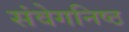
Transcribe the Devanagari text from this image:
संवेगनिष्ठ